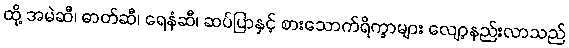
ထို့ အမဲဆီ၊ ဓာတ်ဆီ၊ ရေနံဆီ၊ ဆပ်ပြာနှင့် စားသောက်ရိက္ခာများ လျော့နည်းလာသည်